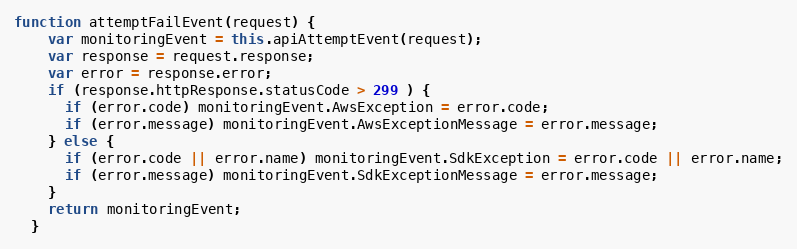
Language: JavaScript
function attemptFailEvent(request) {
    var monitoringEvent = this.apiAttemptEvent(request);
    var response = request.response;
    var error = response.error;
    if (response.httpResponse.statusCode > 299 ) {
      if (error.code) monitoringEvent.AwsException = error.code;
      if (error.message) monitoringEvent.AwsExceptionMessage = error.message;
    } else {
      if (error.code || error.name) monitoringEvent.SdkException = error.code || error.name;
      if (error.message) monitoringEvent.SdkExceptionMessage = error.message;
    }
    return monitoringEvent;
  }